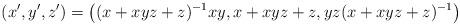
LaTeX: \begin{align*}(x',y',z')=\left((x+xyz+z)^{-1}xy,x+xyz+z,yz(x+xyz+z)^{-1}\right)\end{align*}